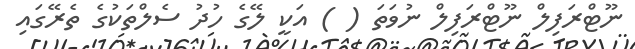
ނޫޓްރަފިލް ނޫޓްރަފިލް ނުވަތަ ( ) އަކީ ލޭގެ ހުދު ސެލްތަކުގެ ތެރޭގައި